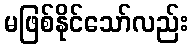
မဖြစ်နိုင်သော်လည်း